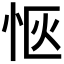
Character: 𪫯